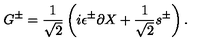
G ^ { \pm } = { \frac { 1 } { \sqrt 2 } } \left( i \epsilon ^ { \pm } \partial X + { \frac { 1 } { \sqrt 2 } } s ^ { \pm } \right) .